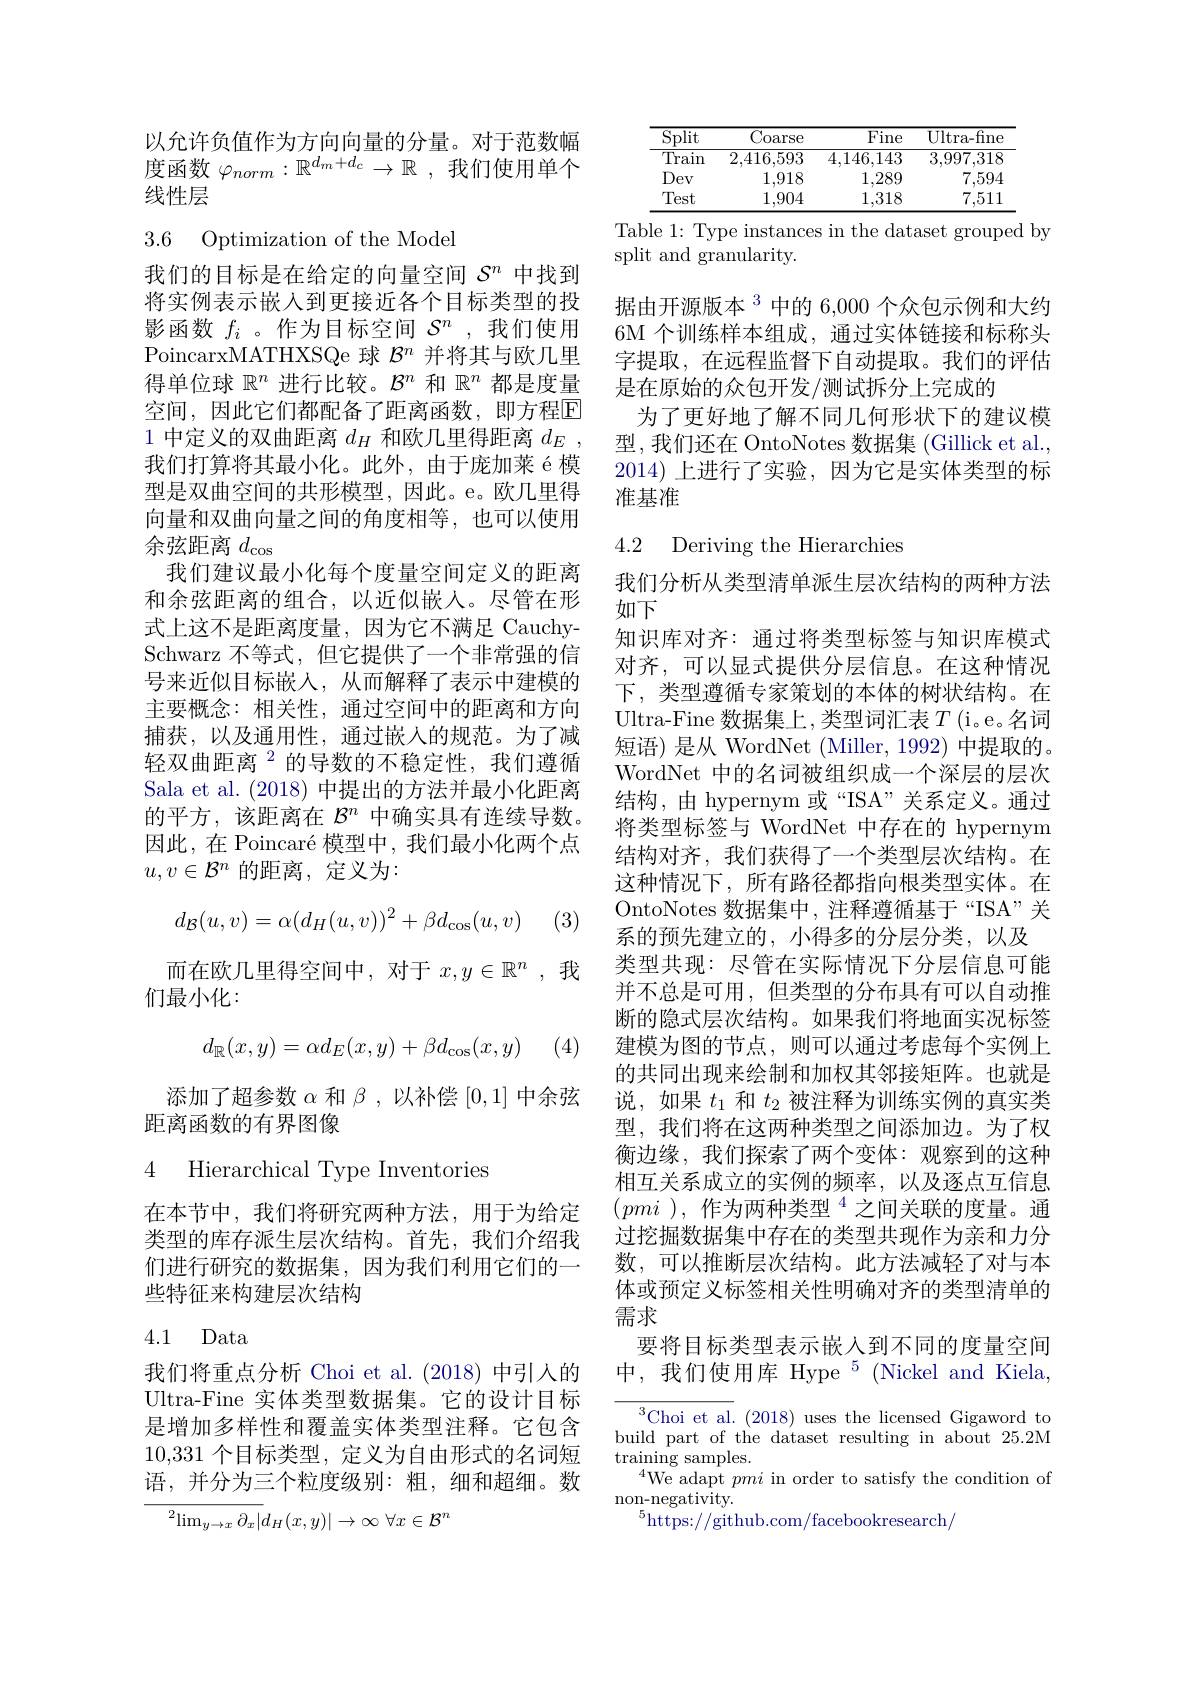
以允许负值作为方向向量的分量。对于范数幅度函数$\varphi_{norm}:\mathbb{R}^{d_m+d_c}\to\mathbb{R}$ , 我们使用单个线性层

3.6 Optimization of the Model

我们的目标是在给定的向量空间$S^n$中找到将实例表示嵌入到更接近各个目标类型的投影函数$f_i$ 。作为目标空间$\mathcal{S}^n$ ,我们使用PoincarxMATHXSQe 球$\mathcal{B}^n$并将其与欧几里得单位球$\mathbb{R}^n$进行比较。$\mathcal{B}^n$和$\mathbb{R}^n$都是度量空间，因此它们都配备了距离函数，即方程回1 中定义的双曲距离$d_H$和欧几里得距离$d_E$, 我们打算将其最小化。此外，由于庞加莱 é 模型是双曲空间的共形模型，因此。e。欧几里得向量和双曲向量之间的角度相等，也可以使用余弦距离$d_\mathrm{cos}$
我们建议最小化每个度量空间定义的距离和余弦距离的组合，以近似嵌人。尽管在形式上这不是距离度量，因为它不满足 CauchySchwarz 不等式，但它提供了一个非常强的信号来近似目标嵌入，从而解释了表示中建模的主要概念：相关性，通过空间中的距离和方向捕获，以及通用性，通过嵌入的规范。为了减轻双曲距离$^2$的导数的不稳定性，我们遵循Sala et al. (2018)中提出的方法并最小化距离的平方，该距离在$\mathcal{B}^n$中确实具有连续导数。因此，在 Poincaré 模型中，我们最小化两个点$u,v\in\mathcal{B}^n$的距离，定义为：
$$d_{\mathcal{B}}(u,v)=\alpha(d_{H}(u,v))^{2}+\beta d_{\cos}(u,v)$$
(3)

而在欧几里得空间中，对于$x,y\in\mathbb{R}^n$ ,我
们最小化：
$$d_{\mathbb{R}}(x,y)=\alpha d_E(x,y)+\beta d_{\cos}(x,y)$$
(4)

添加了超参数$\alpha$和$\beta$,以补偿[0,1]中余弦
距离函数的有界图像

4 Hierarchical Type Inventories

在本节中，我们将研究两种方法，用于为给定类型的库存派生层次结构。首先，我们介绍我们讲行研究的数据集。因为我们利用它们的一些特征来构建层次结构

## 4.1 Data

我们将重点分析 Choi et al.(2018) 中引人的Ultra-Fine 实体类型数据集。它的设计目标是增加多样性和覆盖实体类型注释。它包含10,331个目标类型，定义为自由形式的名词短语，并分为三个粒度级别：粗，细和超细。数
$$\overline{{{^2\:\lim_{y\to x}\partial_{x}|}}}d_{H}(x,y)|\to\infty\:\forall x\in\mathcal{B}^{n}$$
<table>
	<tbody>
		<tr>
			<th>$\overline{\mathrm{Split}}$</th>
			<th>$\overline{\mathrm{Coarse}}$</th>
			<th>Fine</th>
			<th>$\overline{{\mathrm{Ultra-fine}}}$</th>
		</tr>
		<tr>
			<td>Train</td>
			<td>2,416,593</td>
			<td>4,146,143</td>
			<td>3,997,318</td>
		</tr>
		<tr>
			<td>Dev</td>
			<td>1,918</td>
			<td>1,289</td>
			<td>7,594</td>
		</tr>
		<tr>
			<td>Test</td>
			<td>1,904</td>
			<td>1,318</td>
			<td>7,511</td>
		</tr>
	</tbody>
</table>
Table 1: Type instances in the dataset grouped by

split and granularity.

据由开源版本$^3$中的 6,000 个众包示例和大约6M 个训练样本组成，通过实体链接和标称头字提取，在远程监督下自动提取。我们的评估是在原始的众包开发/测试拆分上完成的
为了更好地了解不同几何形状下的建议模型，我们还在 OntoNotes 数据集 (Gillick et al. 2014)上进行了实验，因为它是实体类型的标准基准

### 4.2 Deriving the Hierarchies

我们分析从类型清单派生层次结构的两种方法
如下
知识库对齐：通过将类型标签与知识库模式对齐，可以显式提供分层信息。在这种情况下，类型遵循专家策划的本体的树状结构。在Ultra-Fine 数据集上，类型词汇表$T$ $( i。e。名 词$ 短语) 是从 WordNet (Miller, 1992) 中提取的。WordNet 中的名词被组织成一个深层的层次结构，由 hypernym 或“ISA”关系定义。通过将类型标签与 WordNet 中存在的 hypernym 结构对齐，我们获得了一个类型层次结构。在这种情况下，所有路径都指向根类型实体。在OntoNotes 数据集中，注释遵循基于“ISA”关系的预先建立的，小得多的分层分类，以及
类型共现：尽管在实际情况下分层信息可能并不总是可用，但类型的分布具有可以自动推断的隐式层次结构。如果我们将地面实况标签建模为图的节点，则可以通过考虑每个实例上的共同出现来绘制和加权其邻接矩阵。也就是说，如果$t_1$和$t_2$被注释为训练实例的真实类型，我们将在这两种类型之间添加边。为了权衡边缘，我们探索了两个变体：观察到的这种相互关系成立的实例的频率，以及逐点互信息$(pmi),\text{ 作为两种类型 }^{4}$之间关联的度量。通过挖掘数据集中存在的类型共现作为亲和力分数，可以推断层次结构。此方法减轻了对与本体或预定义标签相关性明确对齐的类型清单的需求
要将目标类型表示嵌入到不同的度量空间中，我们使用库 Hype$^5$(Nickel and Kiela,

$^{3}$Choi et al.(2018)uses the licensed Gigaword to build part of the dataset resulting in about 25.2M $\operatorname{training}$samples.
$^{4}$We adapt pmi in order to satisfy the condition of
$\underset{5}{\operatorname*{\mathrm{non-negativity.}}}$
$^{5}$https://github.com/facebookresearch/